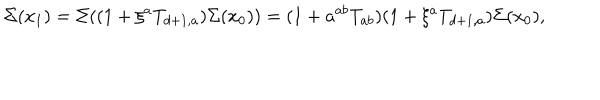
LaTeX: \Sigma ( x _ { 1 } ) = \Sigma ( ( 1 + \xi ^ { a } T _ { d + 1 , a } ) \Sigma ( x _ { 0 } ) ) = ( 1 + a ^ { a b } T _ { a b } ) ( 1 + \xi ^ { a } T _ { d + 1 , a } ) \Sigma ( x _ { 0 } ) ,